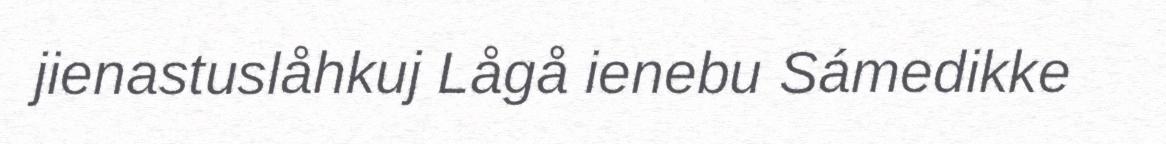
jienastuslåhkuj Lågå ienebu Sámedikke